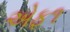
એફ૧